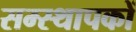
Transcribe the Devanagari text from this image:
सम्स्थापकों